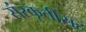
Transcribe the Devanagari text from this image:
संस्कृतींसह